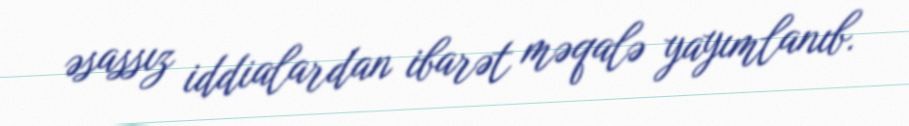
əsassız iddialardan ibarət məqalə yayımlanıb.